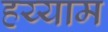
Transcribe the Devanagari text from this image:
हय्याम